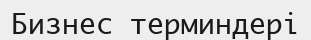
Бизнес терминдері